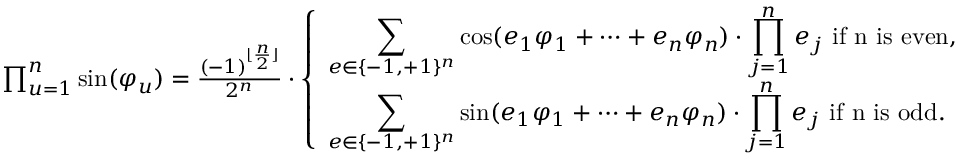
\begin{array} { r } { \prod _ { u = 1 } ^ { n } \sin ( \varphi _ { u } ) = \frac { ( - 1 ) ^ { \lfloor \frac { n } { 2 } \rfloor } } { 2 ^ { n } } \cdot \left\{ \begin{array} { l l } { \displaystyle \sum _ { e \in \{ - 1 , + 1 \} ^ { n } } \cos ( e _ { 1 } \varphi _ { 1 } + \dots + e _ { n } \varphi _ { n } ) \cdot \prod _ { j = 1 } ^ { n } e _ { j } \ \mathrm { i f ~ n ~ i s ~ e v e n } , } \\ { \displaystyle \sum _ { e \in \{ - 1 , + 1 \} ^ { n } } \sin ( e _ { 1 } \varphi _ { 1 } + \dots + e _ { n } \varphi _ { n } ) \cdot \prod _ { j = 1 } ^ { n } e _ { j } \ \mathrm { i f ~ n ~ i s ~ o d d . } } \end{array} \right. } \end{array}